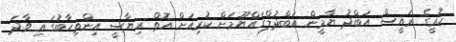
ކުރީގެ ރައީސް އަބްދު ޔާމީން އަބްދުލްގައްޔޫމަށް ކުރިއަށް އޮތް ރިޔާސީ އިންތިހާބުގައި ވާދަ